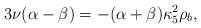
LaTeX: \begin{align*}3\nu(\alpha-\beta)=-(\alpha+\beta)\kappa^2_5\rho_b,\end{align*}